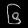
Digit: ၆